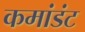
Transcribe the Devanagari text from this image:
कमांडंट